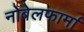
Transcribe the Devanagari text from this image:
नोबेलफार्मा